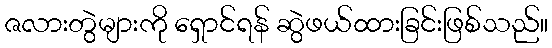
ဇလားတွဲများကို ရှောင်ရန် ဆွဲဖယ်ထားခြင်းဖြစ်သည်။